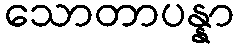
သောတာပန္နာ